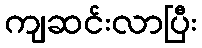
ကျဆင်းလာပြီး